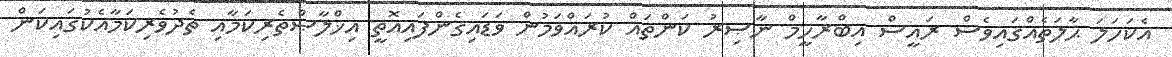
އެކަހަލަ ޙާލަތެއްގައިވެސް ރައީސް އިބްރާހީމް ނާޞިރު ކަންތައް ކުރައްވަމުން ވަޑައިގެންފައިއޮތީ އިޚްލާޞްތެރިކަމާއި ތެދުވެރިކަމާއެކުގައިކަން